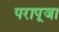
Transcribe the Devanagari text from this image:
परापूजा